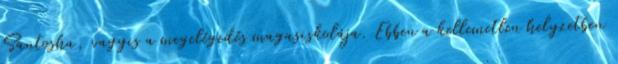
Santosha, vagyis a megelégedés magasiskolája. Ebben a kellemetlen helyzetben